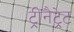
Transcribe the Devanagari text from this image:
ट्रीनैट्रेट